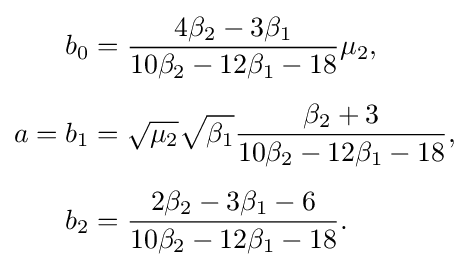
{\begin{aligned}b_{0}&={\frac {4\beta _{2}-3\beta _{1}}{10\beta _{2}-12\beta _{1}-18}}\mu _{2},\\[5pt]a=b_{1}&={\sqrt {\mu _{2}}}{\sqrt {\beta _{1}}}{\frac {\beta _{2}+3}{10\beta _{2}-12\beta _{1}-18}},\\[5pt]b_{2}&={\frac {2\beta _{2}-3\beta _{1}-6}{10\beta _{2}-12\beta _{1}-18}}.\end{aligned}}